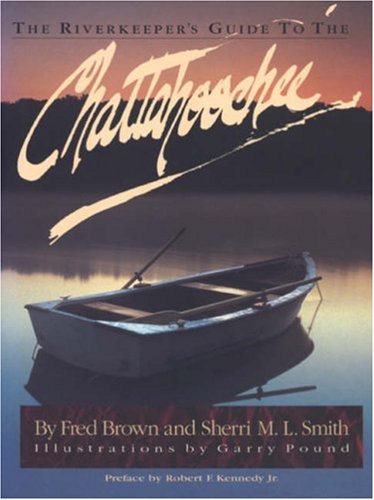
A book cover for The Riverkeeper's Guide to the Chattahoochee; Fred Brown; Travel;